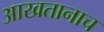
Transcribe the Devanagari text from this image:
आखतानाच